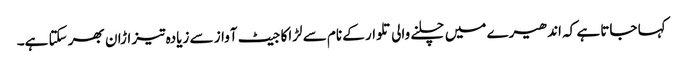
کہا جاتا ہے کہ اندھیرے میں چلنے والی تلوار کے نام سے لڑاکا جیٹ آواز سے زیادہ تیز اڑان بھر سکتا ہے۔